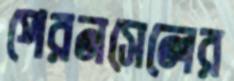
পেরনসেলের